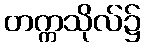
တက္ကသိုလ်၌